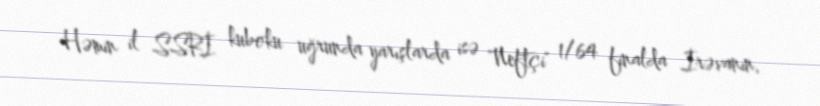
Həmin il SSRİ kuboku uğrunda yarışlarda isə "Neftçi" 1/64 finalda İrəvanın,